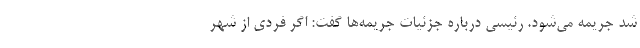
شد جریمه می‌شود. رئیسی درباره جزئیات جریمه‌ها گفت: اگر فردی از شهر